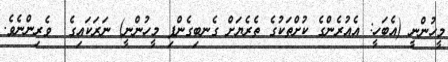
މީހުންނީ (އެބަހީ: އެއުރެންގެ ކުށްތަކުގެ ތެރެޔަށް ގެނބިގެންފި މީހުންނީ) ނަރަކައިގެ  ވެރިންނެވެ.